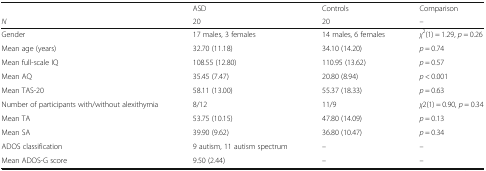
|  | ASD | Controls | Comparison |
 | N | 20 | 20 | – |
 | --- | --- | --- | --- |
 | Gender | 17 males, 3 females | 14 males, 6 females | χ2(1) = 1.29, p = 0.26 |
 | Mean age (years) | 32.70 (11.18) | 34.10 (14.20) | p = 0.74 |
 | Mean full-scale IQ | 108.55 (12.80) | 110.95 (13.62) | p = 0.57 |
 | Mean AQ | 35.45 (7.47) | 20.80 (8.94) | p < 0.001 |
 | Mean TAS-20 | 58.11 (13.00) | 55.37 (18.33) | p = 0.63 |
 | Number of participants with/without alexithymia | 8/12 | 11/9 | χ2(1) = 0.90, p = 0.34 |
 | Mean TA | 53.75 (10.15) | 47.80 (14.09) | p = 0.13 |
 | Mean SA | 39.90 (9.62) | 36.80 (10.47) | p = 0.34 |
 | ADOS classification | 9 autism, 11 autism spectrum | – | – |
 | Mean ADOS-G score | 9.50 (2.44) | – | – |